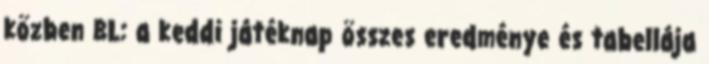
közben BL: a keddi játéknap összes eredménye és tabellája